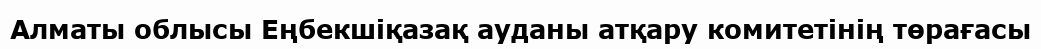
Алматы облысы Еңбекшіқазақ ауданы атқару комитетінің төрағасы